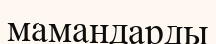
мамандарды